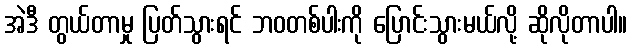
အဲဒီ တွယ်တာမှု ပြတ်သွားရင် ဘဝတစ်ပါးကို ပြောင်းသွားမယ်လို့ ဆိုလိုတာပါ။